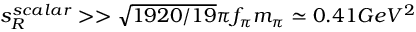
s _ { R } ^ { s c a l a r } > > \sqrt { 1 9 2 0 / 1 9 } \pi f _ { \pi } m _ { \pi } \simeq 0 . 4 1 G e V ^ { 2 }